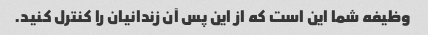
وظیفه شما این است که از این پس آن زندانیان را کنترل کنید.